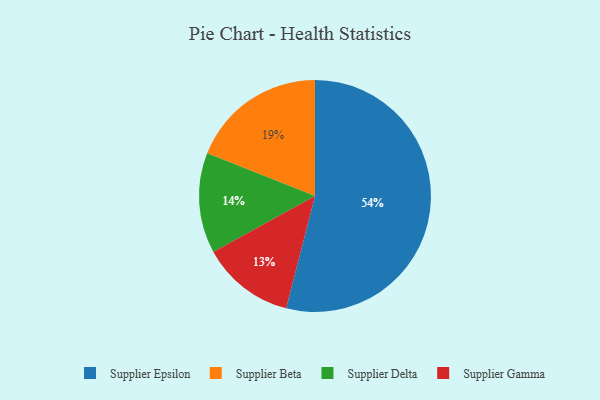
{"axis": {"x": "Category", "y": "Percentage"}, "legend": ["Supplier Beta", "Supplier Delta", "Supplier Epsilon", "Supplier Gamma"], "data": [{"x": "Supplier Beta", "y": 19, "type": "Supplier Beta"}, {"x": "Supplier Gamma", "y": 13, "type": "Supplier Gamma"}, {"x": "Supplier Epsilon", "y": 54, "type": "Supplier Epsilon"}, {"x": "Supplier Delta", "y": 14, "type": "Supplier Delta"}]}